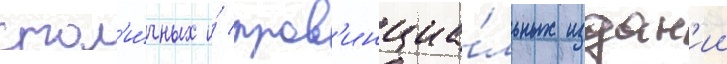
стол'и́чных и́ пров'инциа́льных издан'ии